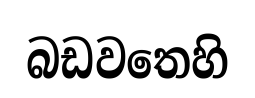
බඩවතෙහි